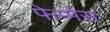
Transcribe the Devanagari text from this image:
फेम्मेस